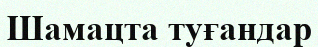
Шамацта туғандар